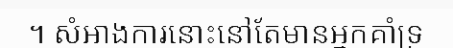
។ សំអាងការនោះនៅតែមានអ្នកគាំទ្រ